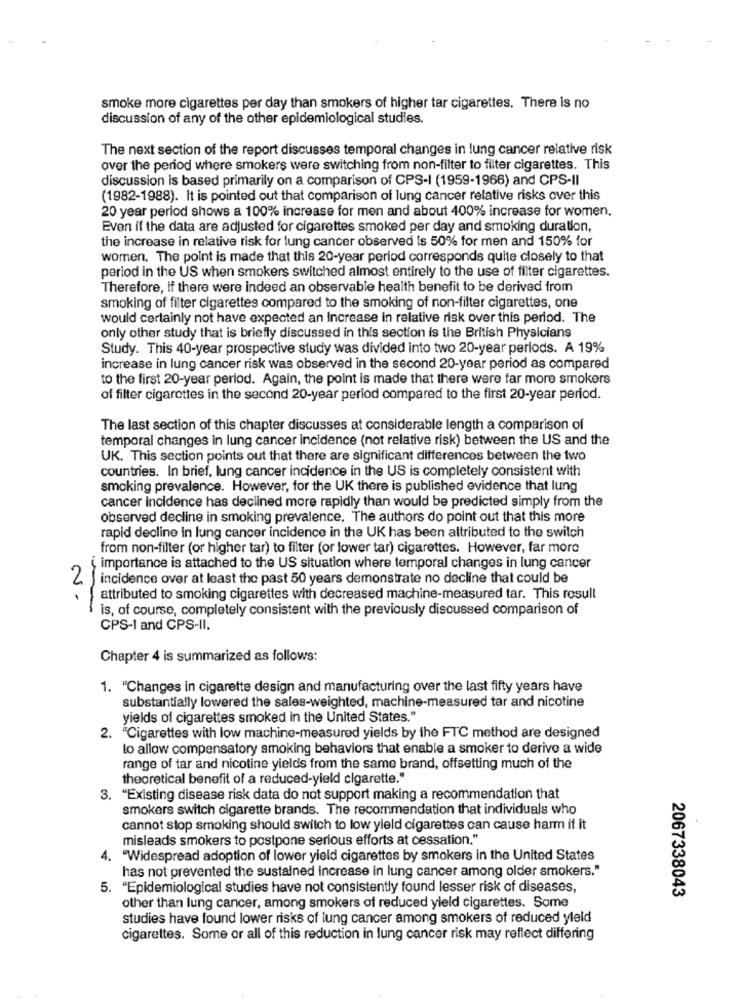
smoke more cigarettes per day than smokers of higher tar cigarettes. There is no
discussion of any of the other epidemiological studies.
The next section of the report discusses temporal changes in lung cancer relative risk
over the period where smokers were switching from non-filter to filter cigarettes. This
discussion is based primarily on a comparison of CPS-I (1959-1966) and CPS-II
(1982-1988). It is pointed out that comparison of lung cancer relative risks over this
20 year period shows a 100% increase for men and about 400% increase for women.
Even if the data are adjusted for cigarettes smoked per day and smoking duration,
the increase in relative risk for lung cancer observed is 50% for men and 150% for
women. The point is made that this 20-year period corresponds quite closely to that
period in the US when smokers switched almost entirely to the use of filter cigarettes.
Therefore, if there were indeed an observable health benefit to be derived from
smoking of filter cigarettes compared to the smoking of non-filter cigarettes, one
would certainly not have expected an Increase in relative risk over this period. The
only other study that is briefly discussed in this section is the British Physicians
Study. This 40-year prospective study was divided into two 20-year perlods. A 19%
increase in lung cancer risk was observed in the second 20-year period as compared
to the first 20-year period. Again, the point is made that there were far more smokers
of filter cigarettes in the second 20-year period compared to the first 20-year period.
The last section of this chapter discusses at considerable length a comparison of
temporal changes in lung cancer incidence (not relative risk) between the US and the
UK. This section points out that there are significant differences between the two
countries. In brief, lung cancer incidence in the US is completely consistent with
smoking prevalence. However, for the UK there is published evidence that lung
cancer incidence has declined more rapidly than would be predicted simply from the
observed decline in smoking prevalence. The authors do point out that this more
rapid decline in lung cancer incidence in the UK has been attributed to the switch
from non-filter (or higher tar) to filter (or lower tar) cigarettes. However, far more
importance is attached to the US situation where temporal changes in lung cancer
2
incidence over at least the past 50 years demonstrate no decline that could be
attributed to smoking cigarettes with decreased machine-measured tar. This rosull
-
is, of course, completely consistent with the previously discussed comparison of
CPS-I and CPS-II.
Chapter 4 is summarized as follows:
1. "Changes in cigarette design and manufacturing over the last fifty years have
substantially lowered the sales-weighted, machine-measured tar and nicotine
yields of cigarettes smoked in the United States."
2. "Cigarettes with low machine-measured yields by the FTC method are designed
to allow compensatory smoking behaviors that enable a smoker to derive a wide
range of tar and nicotine yields from the same brand, offsetting much of the
theoretical benefit of a reduced-yield cigarette."
3. "Existing disease risk data do not support making a recommendation that
smokers switch cigarette brands. The recommendation that individuals who
cannot stop smoking should switch to low yield cigarettes can cause harm if it
misleads smokers to postpone serious efforts at cessation."
4. "Widespread adoption of lower yield cigarettes by smokers in the United States
has not prevented the sustained increase in lung cancer among older smokers."
5. "Epidemiological studies have not consistently found lesser risk of diseases,
2067338043
other than lung cancer, among smokers of reduced yield cigarettes. Some
studies have found lower risks of lung cancer among smokers of reduced yleld
cigarettes. Some or all of this reduction in lung cancer risk may reflect differing